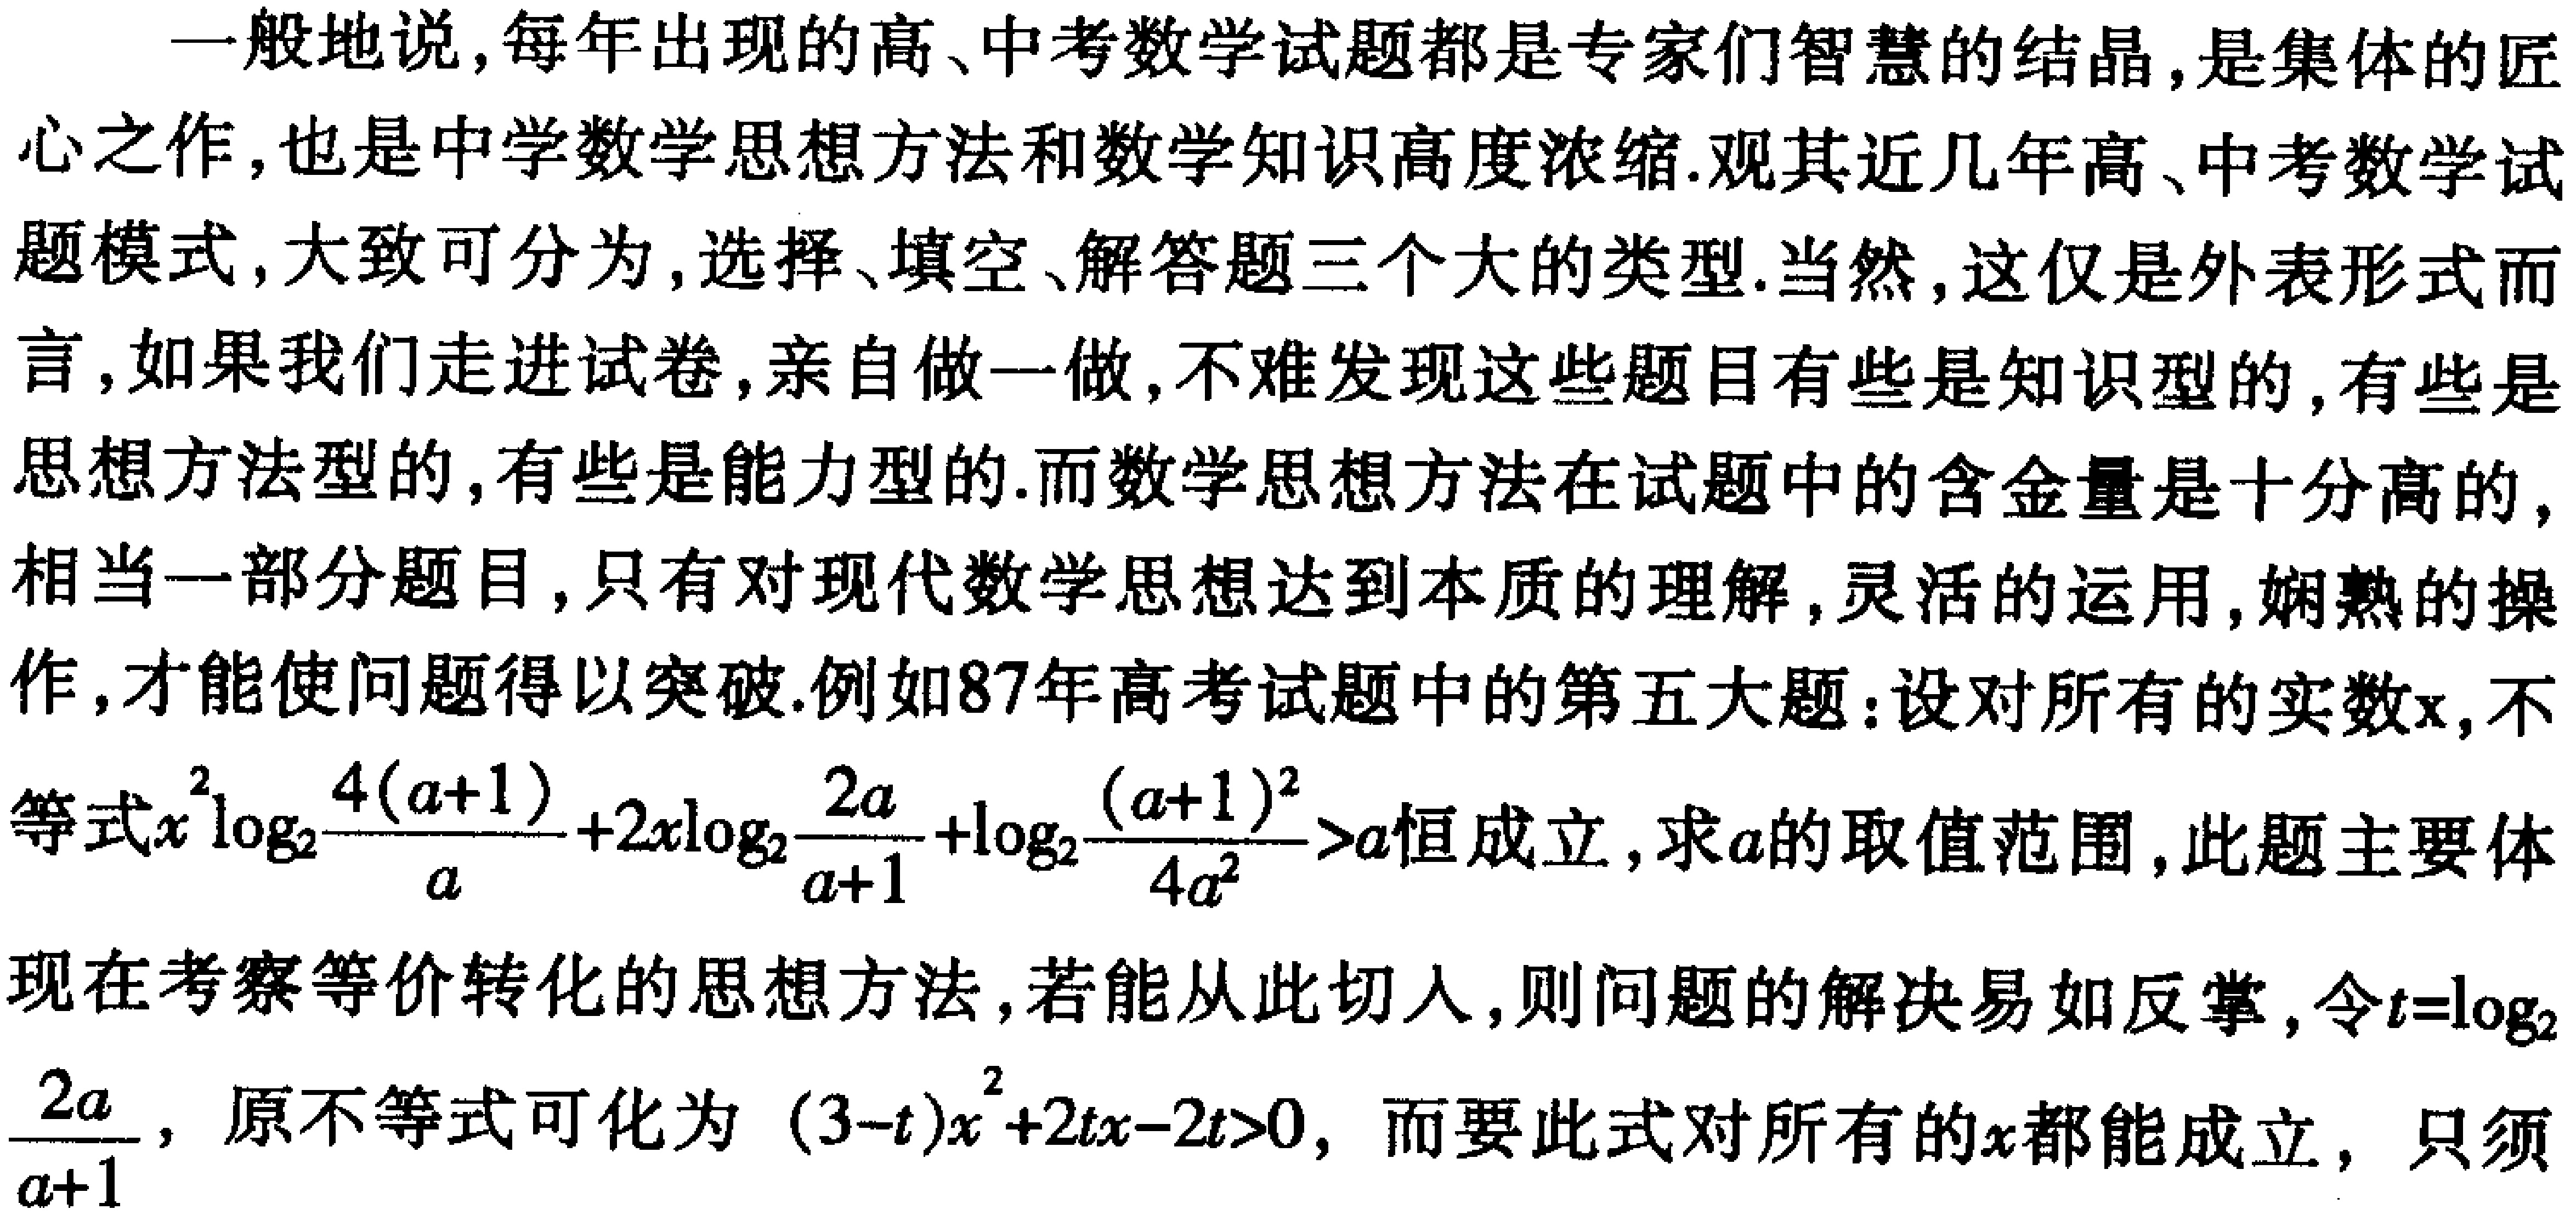
一般地说,每年出现的高、中考数学试题都是专家们智慧的结晶,是集体的匠心之作,也是中学数学思想方法和数学知识高度浓缩.观其近几年高、中考数学试题模式,大致可分为,选择、填空、解答题三个大的类型.当然,这仅是外表形式而言,如果我们走进试卷,亲自做一做,不难发现这些题目有些是知识型的,有些是思想方法型的,有些是能力型的.而数学思想方法在试题中的含金量是十分高的,相当一部分题目,只有对现代数学思想达到本质的理解,灵活的运用,娴熟的操作,才能使问题得以突破.例如87年高考试题中的第五大题：设对所有的实数\(x\),不等式\(x^{2}\log_{2}\frac{4(a + 1)}{a}+2x\log_{2}\frac{2a}{a + 1}+\log_{2}\frac{(a + 1)^{2}}{4a^{2}}>a\)恒成立,求\(a\)的取值范围,此题主要体现在考察等价转化的思想方法,若能从此切入,则问题的解决易如反掌,令\(t = \log_{2}\frac{2a}{a + 1}\),原不等式可化为\((3 - t)x^{2}+2tx - 2t>0\),而要此式对所有的\(x\)都能成立, 只须